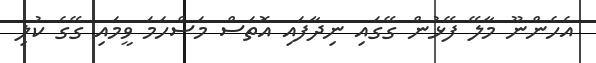
އެހެންނޫ މާލޭ ފޭޅުން ގޭގައި ނިދާފައި އޮތަސް މަސްހަމަ ވީމައި ގޭގެ ކުލި